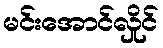
မင်းအောင်လှိုင်